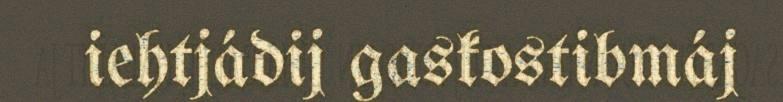
iehtjádij gaskostibmáj